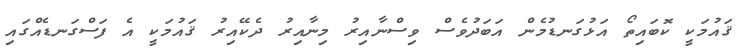
ޤައުމަކީ ކޮބައިތޯ އަޅުގަނޑުމެން އަބަދުވެސް ވިސްނާއިރު މިނާއިރު ދެކޭއިރު ޤައުމަކީ އެ ފަސްގަނޑެއްގައި